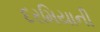
દરમિયાની